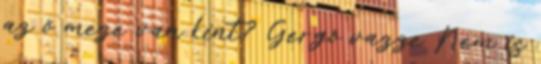
az ő meze van kint? Gergő vazze Nem is